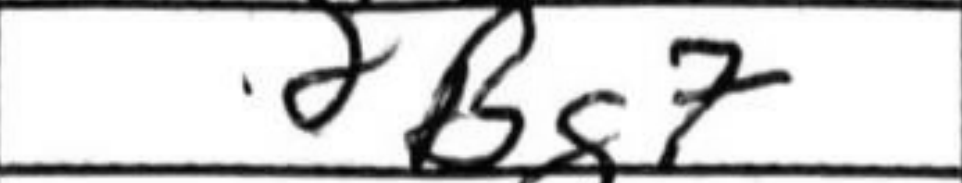
Transcription: Bg7